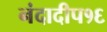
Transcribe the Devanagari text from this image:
नंदादीप१६